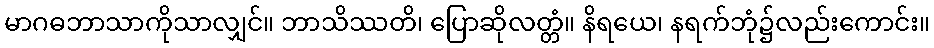
မာဂဓဘာသာကိုသာလျှင်။ ဘာသိဿတိ၊ ပြောဆိုလတ္တံ။ နိရယေ၊ နရက်ဘုံ၌လည်းကောင်း။